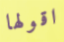
اقولها